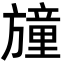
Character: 𣄛